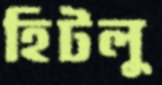
হিটলু